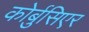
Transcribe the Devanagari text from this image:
कोर्बुसिएर